Vaccination report Assam 1874-1896 - 1874-1896
Year: 1874
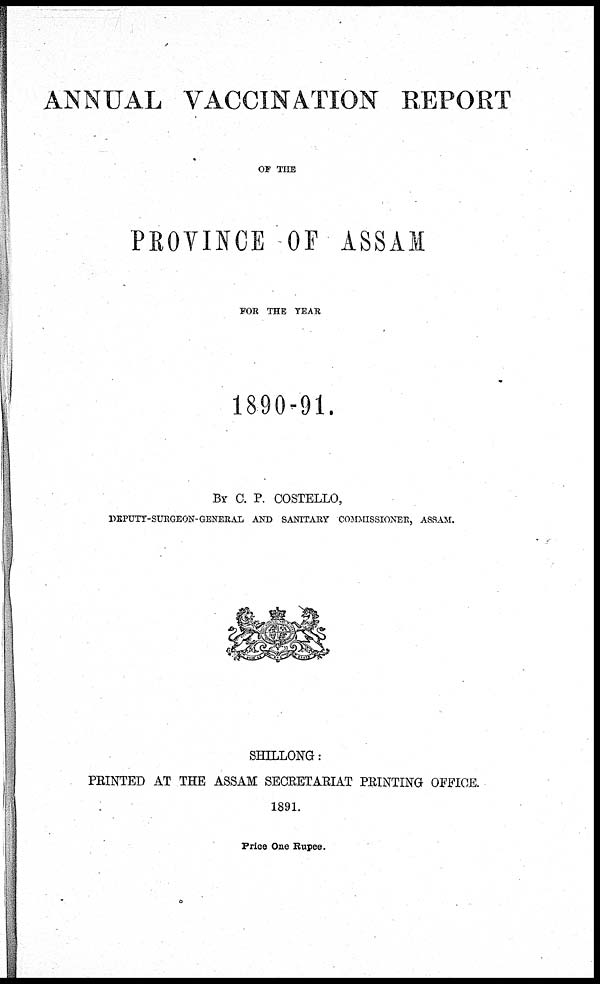
ANNUAL VACCINATION REPORT
OF THE
PROVINCE OF ASSAM
FOR THE YEAR
1890-91.
BY C. P. COSTELLO,
DEPUTY-SURGEON-GENERAL AND SANITARY COMMISSIONER, ASSAM.
SHILLONG:
PRINTED AT THE ASSAM SECRETARIAT PRINTING OFFICE.
1891.
Price One Rupee.